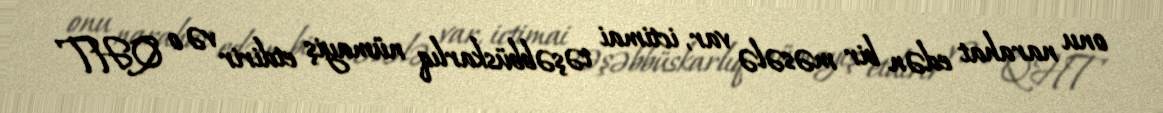
onu narahat edən bir məsələ var, ictimai təşəbbüskarlıq nümayiş etdirir və o QHT